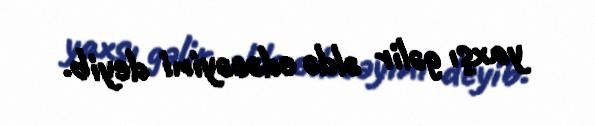
yaxşı gəlir əldə edəcəyini deyib.